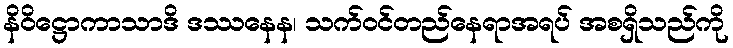
နိဝိဋ္ဌောကာသာဒိ ဒဿနေန၊ သက်ဝင်တည်နေရာအရပ် အစရှိသည်ကို